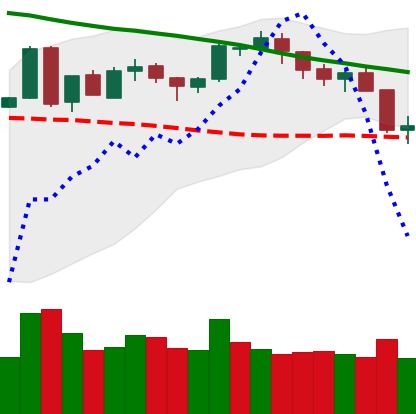
Ticker: BTC-USD
Chart end date: 2018-05-12
Forward return: -4.827%
Label: down_3_5